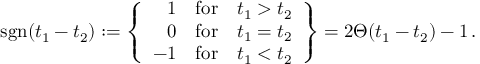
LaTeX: \mathrm { s g n } ( t _ { 1 } - t _ { 2 } ) : = \left\{ \begin{array} { r c c } { { 1 } } & { { \mathrm { f o r } } } & { { t _ { 1 } > t _ { 2 } } } \\ { { 0 } } & { { \mathrm { f o r } } } & { { t _ { 1 } = t _ { 2 } } } \\ { { - 1 } } & { { \mathrm { f o r } } } & { { t _ { 1 } < t _ { 2 } } } \end{array} \right\} = 2 \Theta ( t _ { 1 } - t _ { 2 } ) - 1 \, .